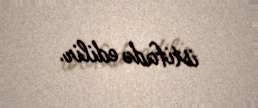
istifadə edilir.